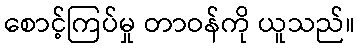
စောင့်ကြပ်မှု တာဝန်ကို ယူသည်။